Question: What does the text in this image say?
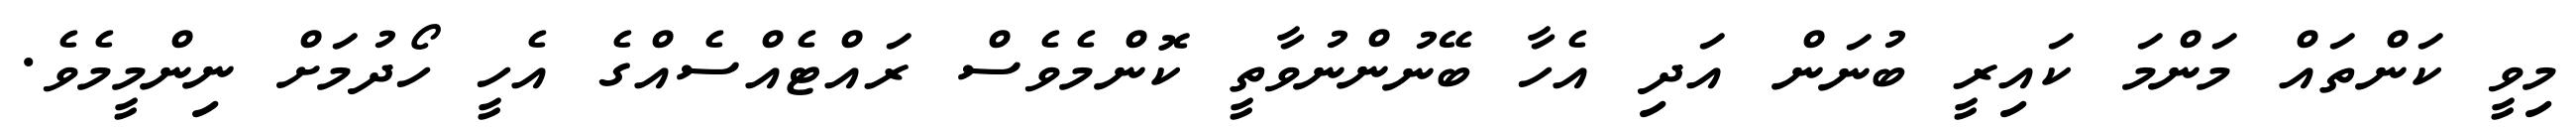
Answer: މިވީ ކަންތައް މަންމަ ކައިރީ ބުނަން އަދި އެހާ ބޭނުންނުވާތީ ކޮންމެވެސް ރައްޓެއްސެއްގެ އެހީ ހޯދުމަށް ނިންމީމެވެ.